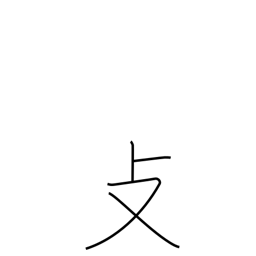
Meaning: folding chair radical (no. 66)